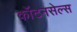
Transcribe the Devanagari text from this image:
कॉटनसेल्स